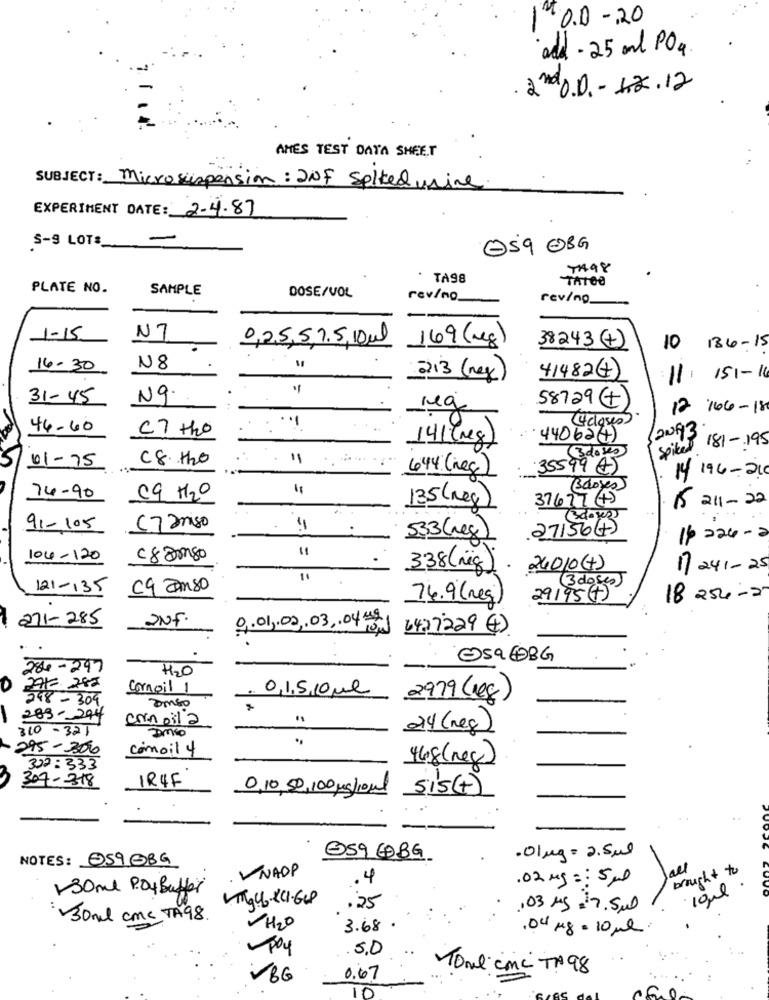
O.D-20
add - 25 and PO .
. 2nd 0.0 .- 12.12
AMES TEST DATA SHEET
SUBJECT: Microsuspension: INF Spiked wine
EXPERIMENT DATE: 2-4.87
-
S-9 LOTS_
OS9 EBG
7498
TA98
TATOO
PLATE NO.
SAMPLE
DOSE/VOL
rev/no.
rev/no.
1-15
N7
0,25,5,7.5,10 ml
169 (kg)
38243 (+)
10 186-15
14.30
N8
213 (neg)
41482+
11:151-16
-
31-45
N9
58729 (+
reg
12 /06-18
44-60
C7 the
(4 doses)
20193
141(mg)
. 44062 (+ )
SpikeJ 181-195
C8 H2o
"
3doks
01-75
44 (neg)
35599 45
14 194- 210
=
(3doses)
74-90
C9 H2O
37677 (+)
$ 211 - 22
135(neg)
e- ree al
91-105
7 2miso
27156(7)
53.3(neg
104-120
c8 Do80
338(nig
24010 (+)
11 241- 25
(3 doses)
121-135
c9 amso
74.9 (reg
29195 (+ )
18 254 -2
271-285
2NF.
9.01.02.03 ,. 04 81
6437229 (4 )
5968G
284-297
H2O
0
BAK 282
Cornoil 1
.. 0,1.5.10ml
48-309
2979 (leg)
283-294
310- 321
corinoil a
24 (neg)
comoil 4
295-300
468(new)
302:333
307-318
1R4F
0,10,50,100 mg/ml
sis(+ )
NOTES: 05908G
@59 GBG
.01kg = 2.5ml
VNADP
Jael
brought to
,4
.02 mg == 5ml
130me PayBuffer
10ml
Vigy. xCI-GP
.25
103 mg =17.5ml
30ml cmc TA98.
H2O
3.68
.04 kg= 10 ml
5.0
VBG
0.67
Tone cmc TA 98
10